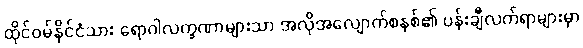
ထိုင်ဝမ်နိုင်ငံသား ရောဂါလက္ခဏာများသာ အလိုအလျောက်စနစ်၏ ပန်းချီလက်ရာများမှာ